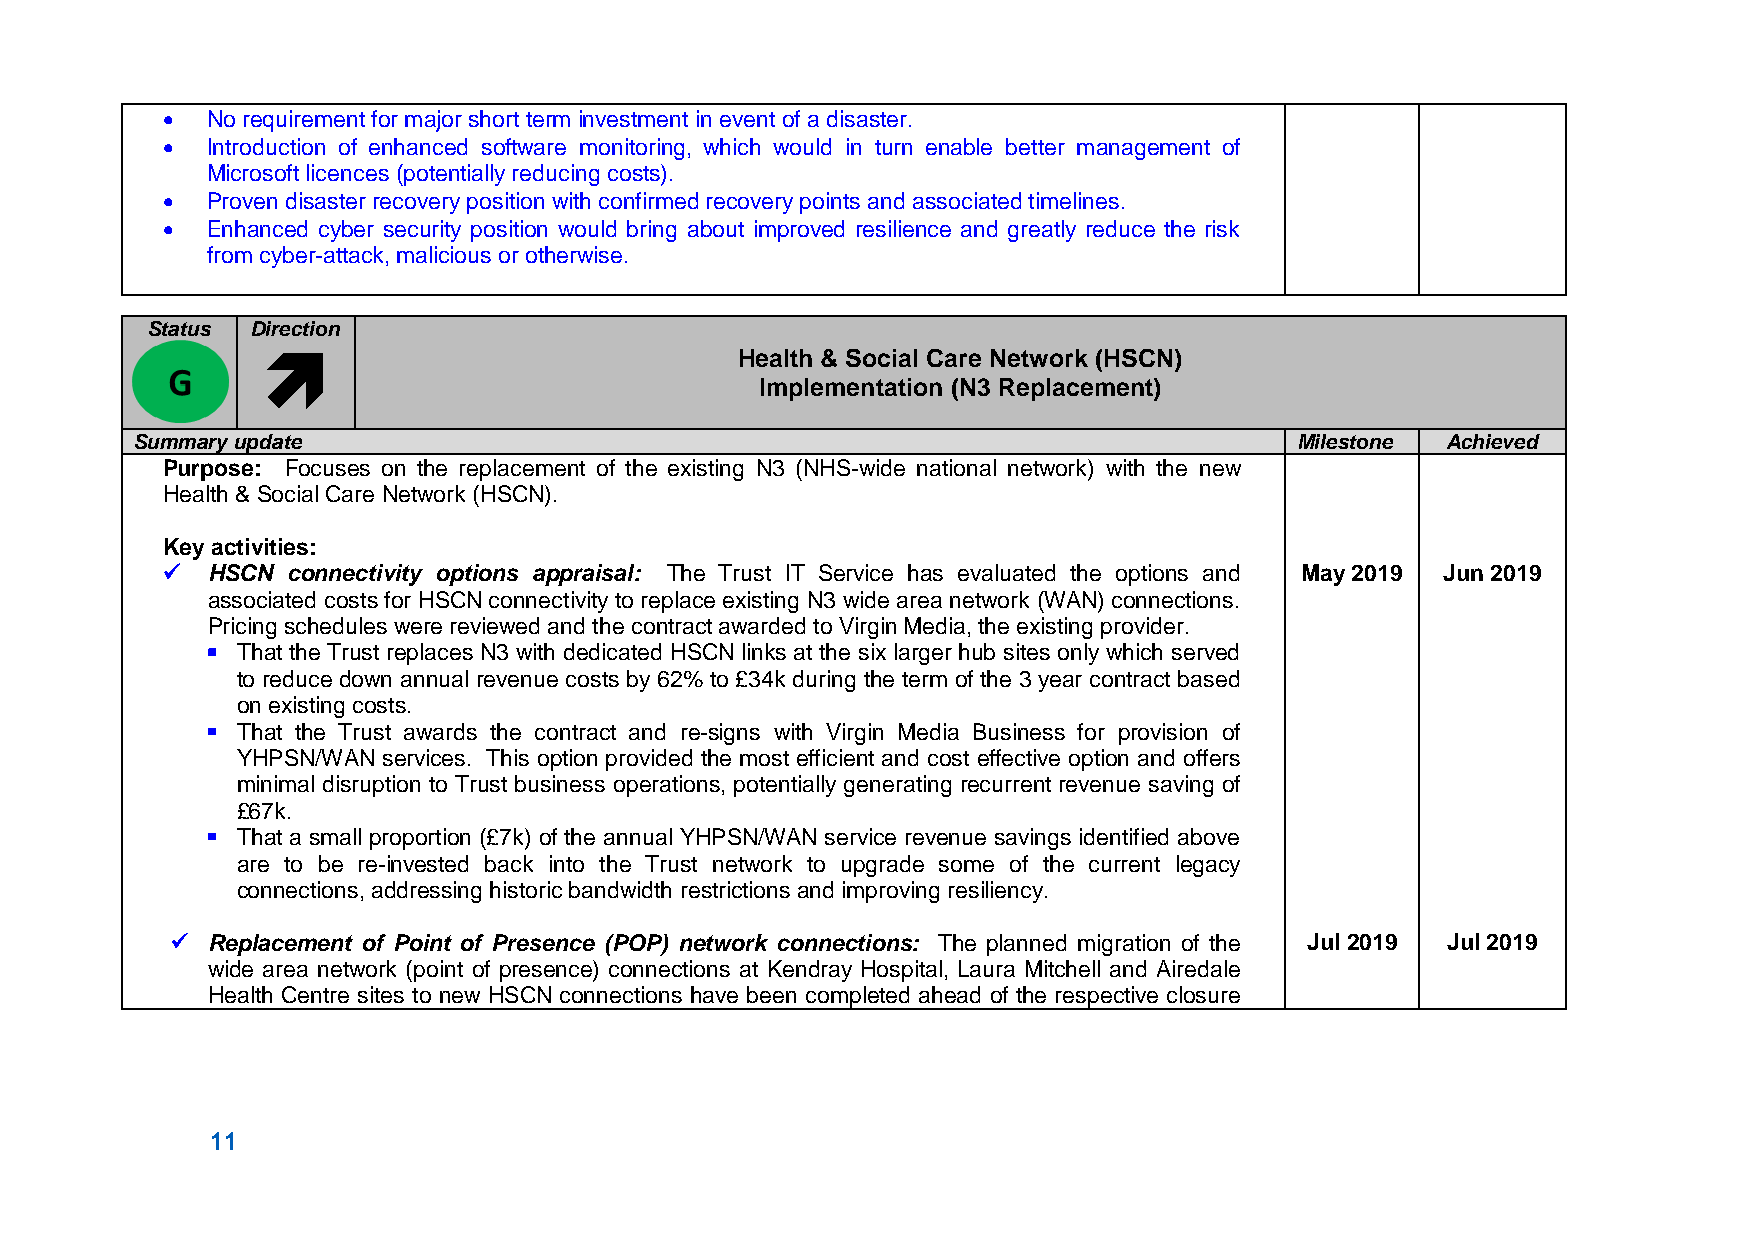
  No requirement for major short term investment in event of a disaster.
   Introduction of enhanced software monitoring, which would in turn enable better management of
 Microsoft licences (potentially reducing costs).
   Proven disaster recovery position with confirmed recovery points and associated timelines.
   Enhanced cyber security position would bring about improved resilience and greatly reduce the risk
 from cyber-attack, malicious or otherwise.
 Status Direction
                                Health & Social Care Network (HSCN)
 Implementation (N3 Replacement)
 Summary update                                                               Milestone Achieved
 Purpose: Focuses on the replacement of the existing N3 (NHS-wide national network) with the new
 Health & Social Care Network (HSCN).
 Key activities:
   HSCN connectivity options appraisal: The Trust IT Service has evaluated the options and May 2019 Jun 2019
 associated costs for HSCN connectivity to replace existing N3 wide area network (WAN) connections.
 Pricing schedules were reviewed and the contract awarded to Virgin Media, the existing provider.
  That the Trust replaces N3 with dedicated HSCN links at the six larger hub sites only which served
 to reduce down annual revenue costs by 62% to £34k during the term of the 3 year contract based
 on existing costs.
  That the Trust awards the contract and re-signs with Virgin Media Business for provision of
 YHPSN/WAN services. This option provided the most efficient and cost effective option and offers
 minimal disruption to Trust business operations, potentially generating recurrent revenue saving of
 £67k.
  That a small proportion (£7k) of the annual YHPSN/WAN service revenue savings identified above
 are to be re-invested back into the Trust network to upgrade some of the current legacy
 connections, addressing historic bandwidth restrictions and improving resiliency.
   Replacement of Point of Presence (POP) network connections: The planned migration of the Jul 2019 Jul 2019
 wide area network (point of presence) connections at Kendray Hospital, Laura Mitchell and Airedale
 Health Centre sites to new HSCN connections have been completed ahead of the respective closure
 11